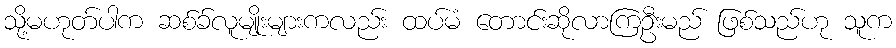
သို့မဟုတ်ပါက ဆစ်ခ်လူမျိုးများကလည်း ထပ်မံ တောင်းဆိုလာကြဦးမည် ဖြစ်သည်ဟု သူက